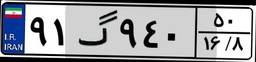
۹۱گ۹۴۰۵۰